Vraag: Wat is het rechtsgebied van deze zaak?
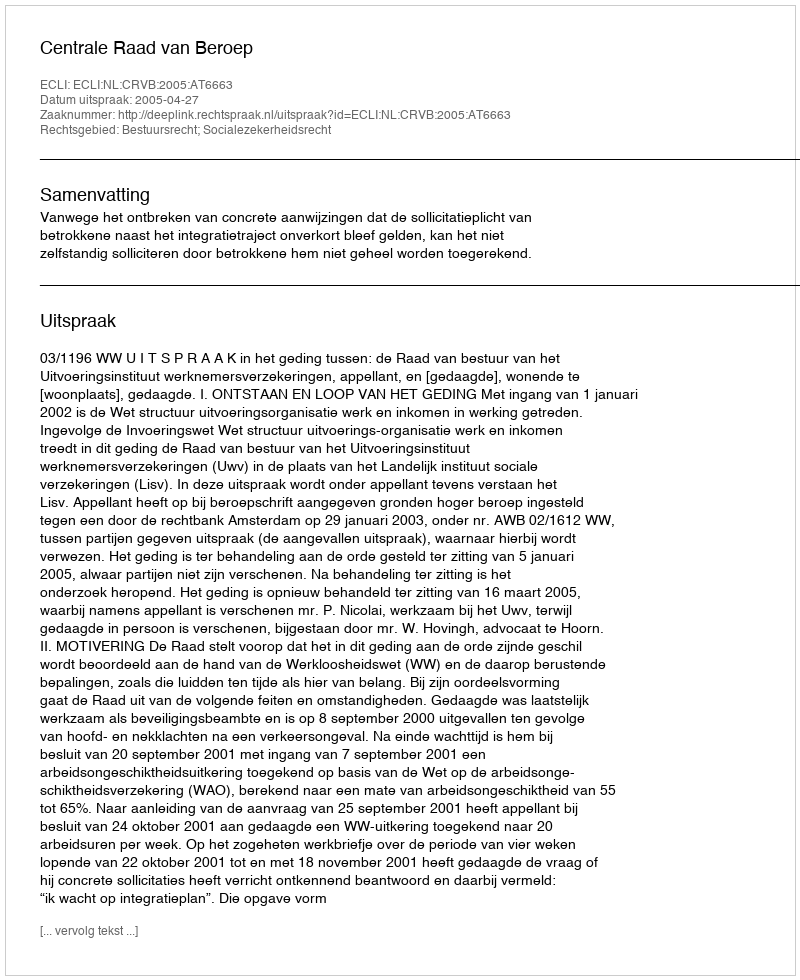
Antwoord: Bestuursrecht; Socialezekerheidsrecht